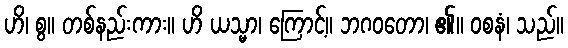
ဟိ၊ စွ။ တစ်နည်းကား။ ဟိ ယသ္မာ၊ ကြောင့်။ ဘဂဝတော၊ ၏။ ဝစနံ၊ သည်။